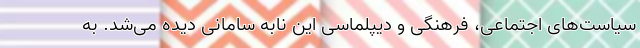
سیاست‌های اجتماعی، فرهنگی و دیپلماسی این نابه سامانی دیده می‌شد. به